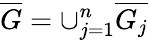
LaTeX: \overline{{G}}=\cup_{j=1}^{n}\overline{{G_{j}}}